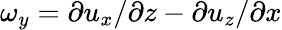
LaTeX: \omega_{y}=\partial u_{x}/\partial z-\partial u_{z}/\partial x